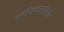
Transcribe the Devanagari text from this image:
संगीतकारांसमोर